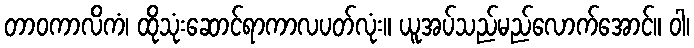
တာဝကာလိကံ၊ ထိုသုံးဆောင်ရာကာလပတ်လုံး။ ယူအပ်သည်မည်လောက်အောင်။ ဝါ၊